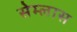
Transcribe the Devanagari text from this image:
सेम्लास